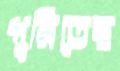
পুরিতেছ